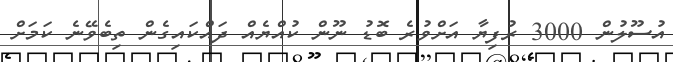
އުސޫލުން 3000 ރުފިޔާ އަށްވުރެ ބޮޑު ނޫން ކުއްޔެއް ދައްކައިގެން ތިބެވޭނެ ކަމަށް